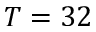
T = 3 2